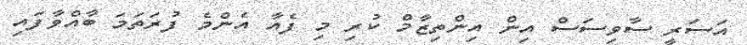
އަސަރީ ސާވިސަސް އިން އިންތިޒާމް ކުރި މި ފެއާ އެންމެ ފުރަތަމަ ބާއްވާފައި